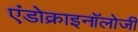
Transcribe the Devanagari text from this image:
एंडोक्राइनॉलोजी